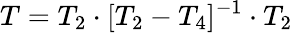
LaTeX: T=T_{2}\cdot[T_{2}-T_{4}]^{-1}\cdot T_{2}